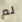
لم